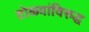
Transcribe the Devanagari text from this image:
टोळ्यांविरुद्ध